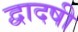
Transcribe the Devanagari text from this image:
द्वादषी